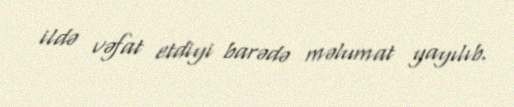
ildə vəfat etdiyi barədə məlumat yayılıb.